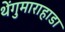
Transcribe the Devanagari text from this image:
थेंगुमाराहाडा